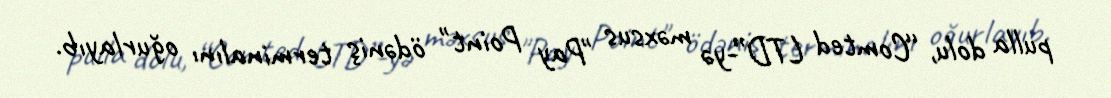
pulla dolu, “Comted LTD”-yə məxsus "Pay Point" ödəniş terminalını oğurlayıb.